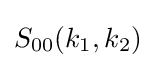
S_{00}(k_{1},k_{2})